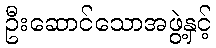
ဦးဆောင်သောအဖွဲ့နှင့်